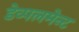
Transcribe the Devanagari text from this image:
डेव्पलमेन्ट